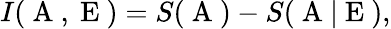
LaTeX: I(\mathrm{~A~},\mathrm{~E~})=S(\mathrm{~A~})-S(\mathrm{~A~}|\mathrm{~E~}),